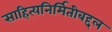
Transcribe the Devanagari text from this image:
साहित्यनिर्मितीबद्दल